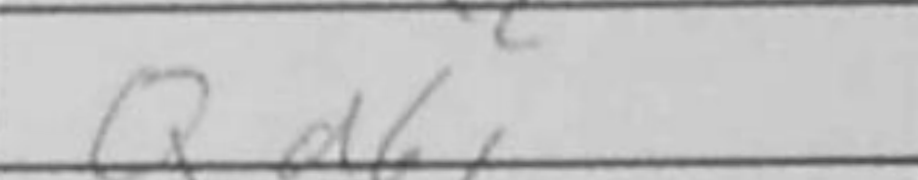
Transcription: Qd6